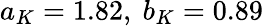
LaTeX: a_{K}=1.82,~b_{K}=0.89